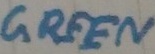
Text: Green